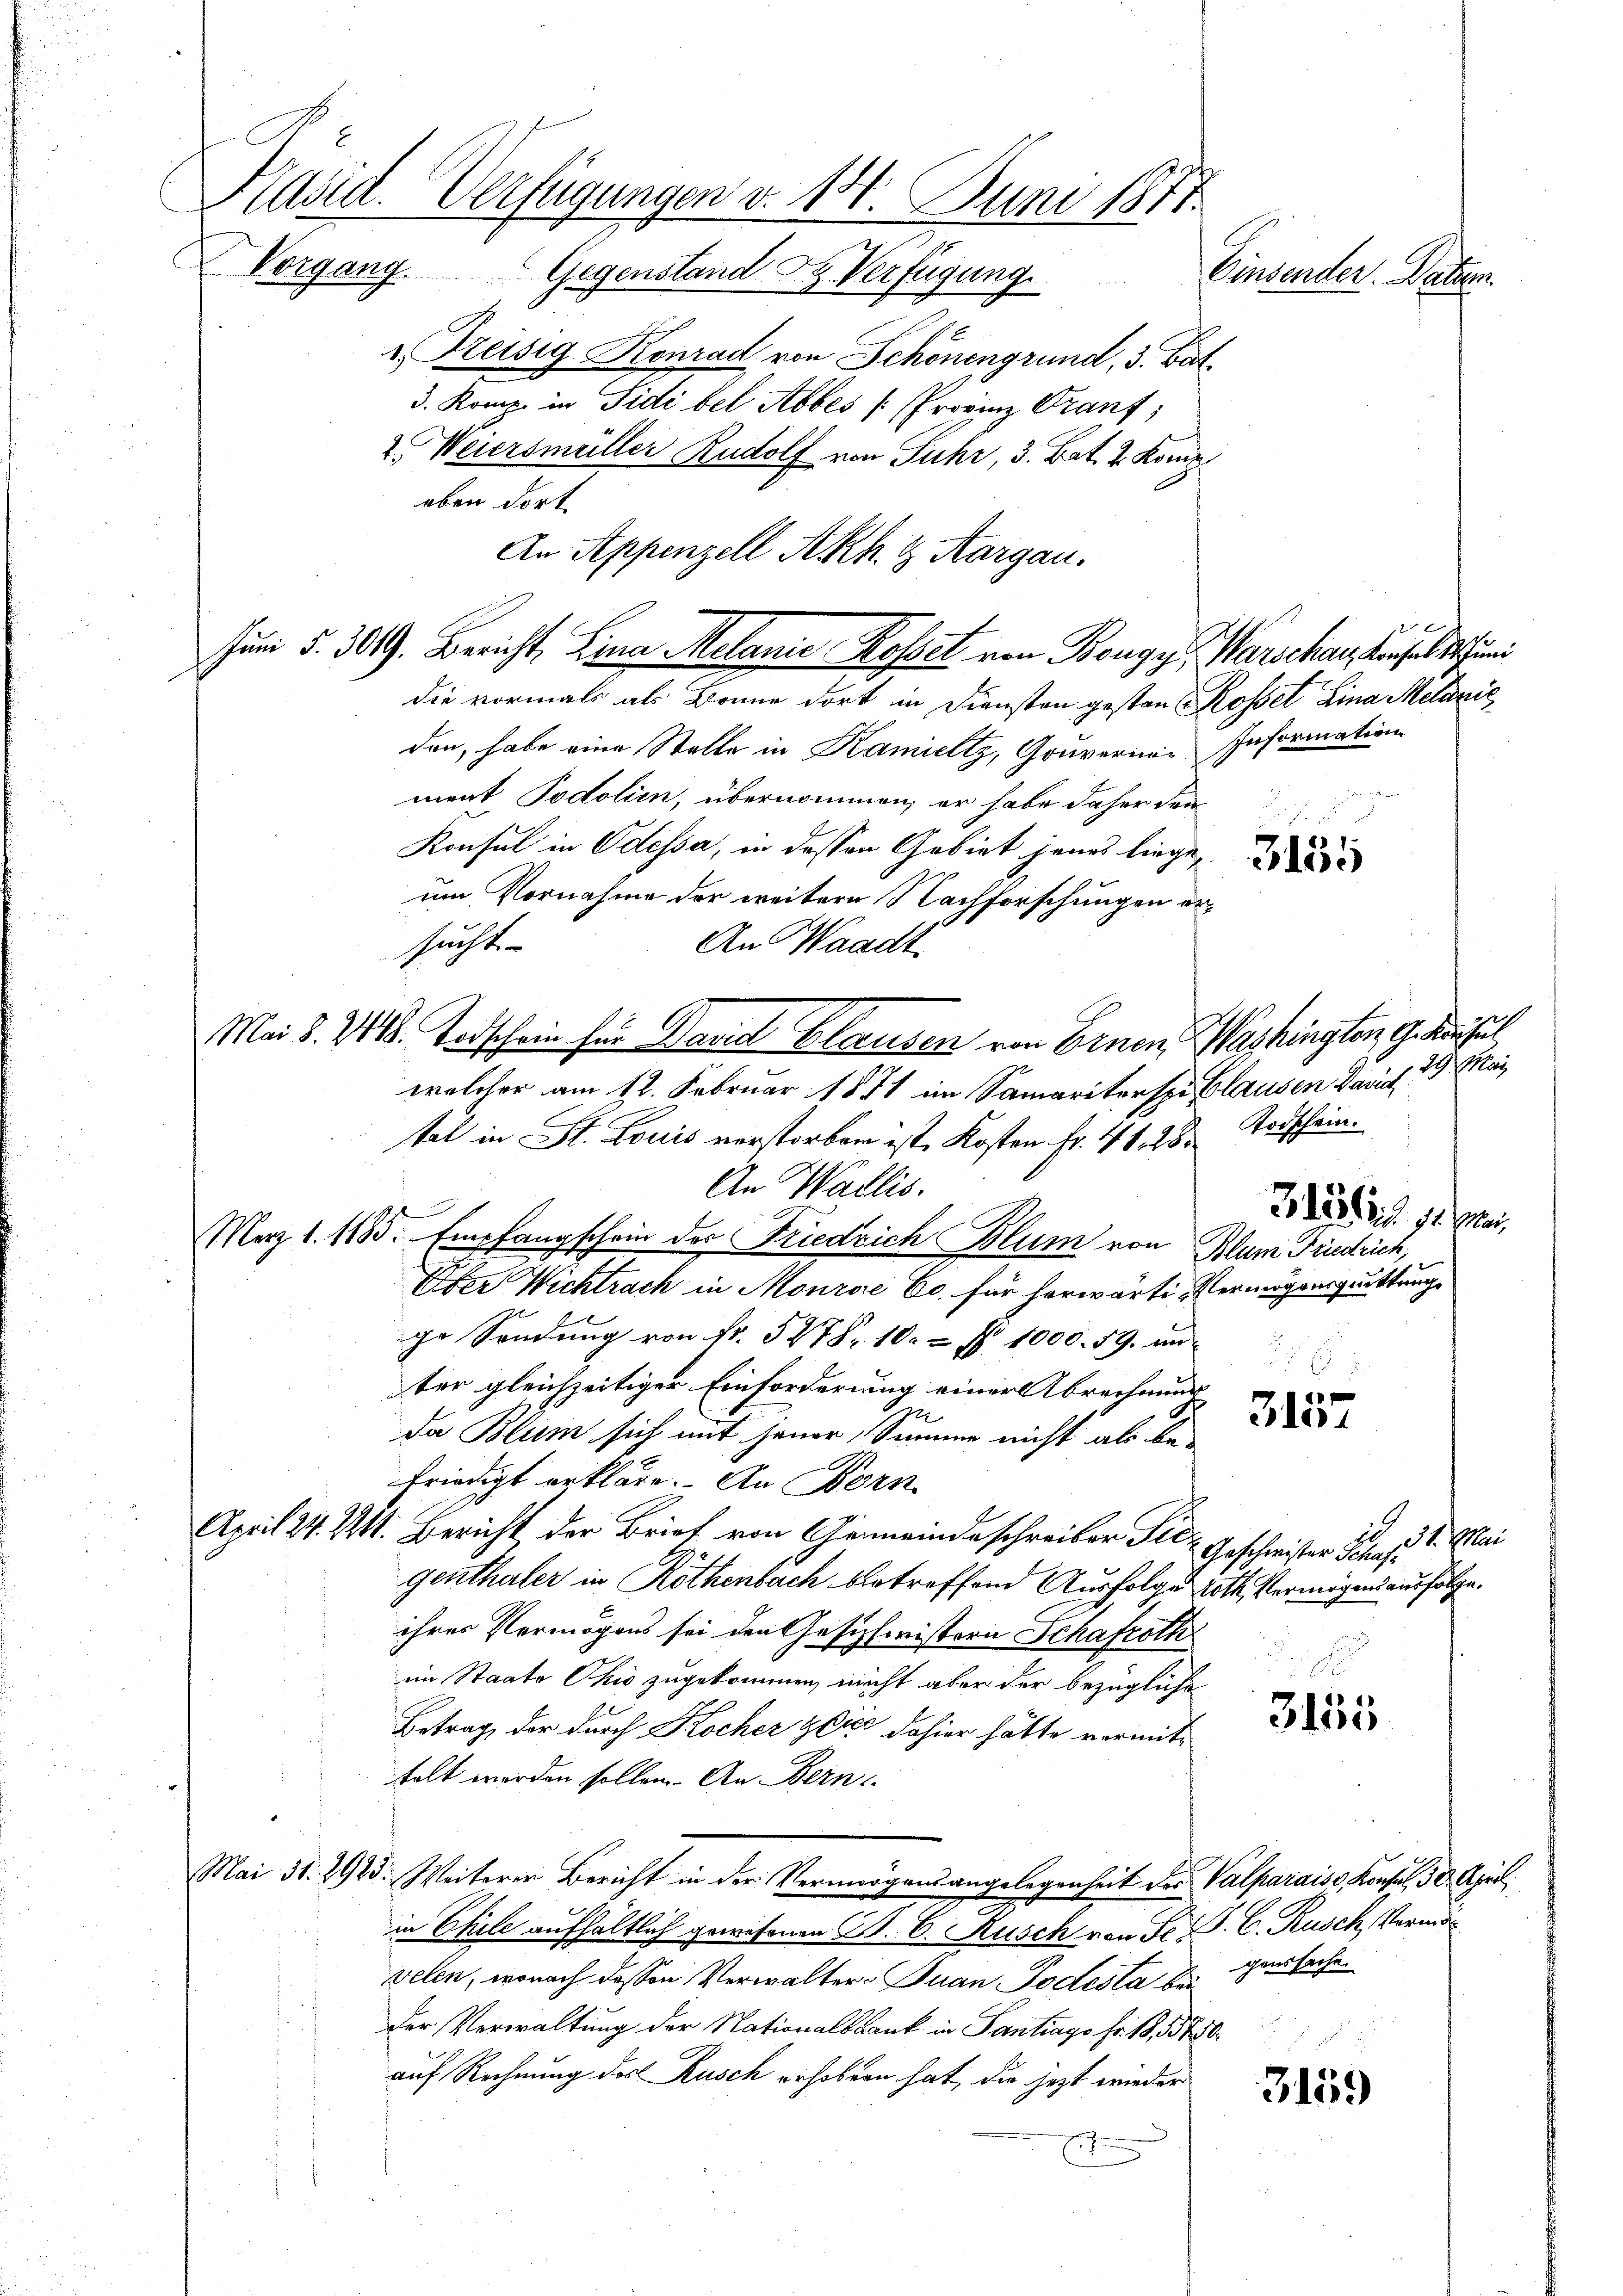
Kadd. Verfügungen d. 14. Juni 1877.
Vorgang Gegenstand z. Verfügung.
Einsender. Batzen.
 Freisig Konrad von Schönengrund, 3. Bat

3. Komp. in Sidi bel Abbes [Provinz Grauf,
2. Weiersmüller Rudolf von Fuhr, 3. Bat. 2. Komp
oben dort
die vormals als Bonne dort in Diensten gesten Rossel Lina Melanić
den, habe eine Stelle in Kamieltz, Gouverner Information
ment Podolien, übernommen, er habe daher den
Konsul in Odessa, in dessen Gebiet jenes liege
um Vornahme der weitere Nachforschungen ersucht
An Waadt
welcher am 12. Februar 1871 im Samaritorspi Blausen Paris, 29 Mai
tal in St. Louis verstorben ist, Kosten Fr. 41. 28
An Wallis.
Merz l. 1185. Empfangschein der Friedrich Blum von Blum Friedrich,
Über Wichtrach in Mourae C. für herwärti, Vermögensquittung
ge Sendung von Nr. 5278. 10. § 1000. 59. un
ter gleichzeitiger Einforderung einer Abrechnung
x
da Blum sich mit jener Summe nicht als be-
friedigt erkläre. An Born
April 24. Mtt. Bericht, der Brief von Gemeinde schreiber Tit. Geschwister Schen 31. Mai
genthaler in Rothenbach betreffend Ausfolge roth, Vermögensausfolge.
ihrer Vermögens sei den Gesichwistern Schafroth
im Staate Ohio zugekommen, nicht aber der bezügliche
Betrag, der durch Kocher & Cie dahier hätte vormit-
felt werden sollen. An Bern
Mai 31. 2923. Weiterer Bericht in der Vermögensangelegenheit des Valparais, Konsul, 30. April
in Chile aufhältlich gewesenen B. C. Rusch von Fr. J. C. Rusch, Vermövelen, wonach dessen Verwalter- Juan Todesta bei
der Verwaltung der Nationalbank in Pantrags Fr. 18,5750.
auf Rechnung des Rusch erhoben hat, die jetzt wieder

An Appenzell A.Rh. & Aargau.
Jun §. 3019. Bericht, Lina Melanie Kostet von Bouge, Warschau, Baselstun

Mai 8. 241. Todschein für David Glausen von Ernen Washington G. Konsul

Todschein.
31315.11.
e

3157

3155

genssache.

3159